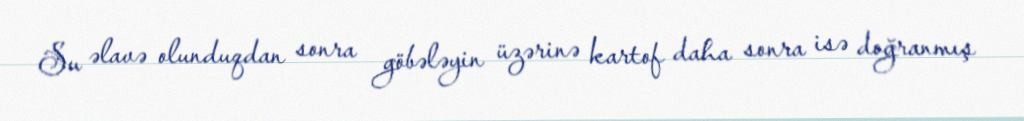
Su əlavə olunduqdan sonra göbələyin üzərinə kartof daha sonra isə doğranmış